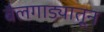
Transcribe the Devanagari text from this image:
बैलगाड्यातून